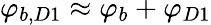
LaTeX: \varphi_{b,D1}\approx\varphi_{b}+\varphi_{D1}